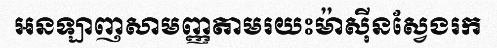
អនឡាញសាមញ្ញតាមរយះម៉ាស៊ីនស្វែងរក